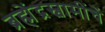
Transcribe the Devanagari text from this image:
ब्रह्मेंद्रस्वामींचें